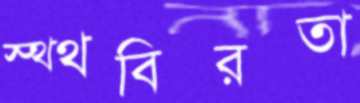
স্থ্থবিরতা